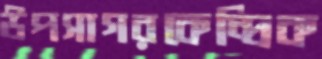
উপসাগরকেন্দ্রিক